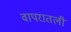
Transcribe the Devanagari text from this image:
वापरातली